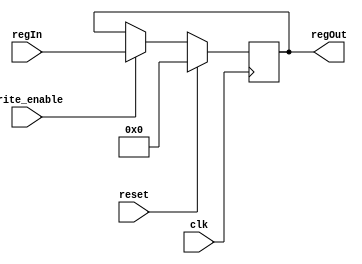
module flipflop (   
    input clk, reset, write_enable,
    input [31:0] regIn,
    output reg [31:0] regOut
    );

    always @ (posedge clk) begin
        if (reset == 1) regOut <= 0;
        else if (write_enable) regOut <= regIn;
    end
endmodule